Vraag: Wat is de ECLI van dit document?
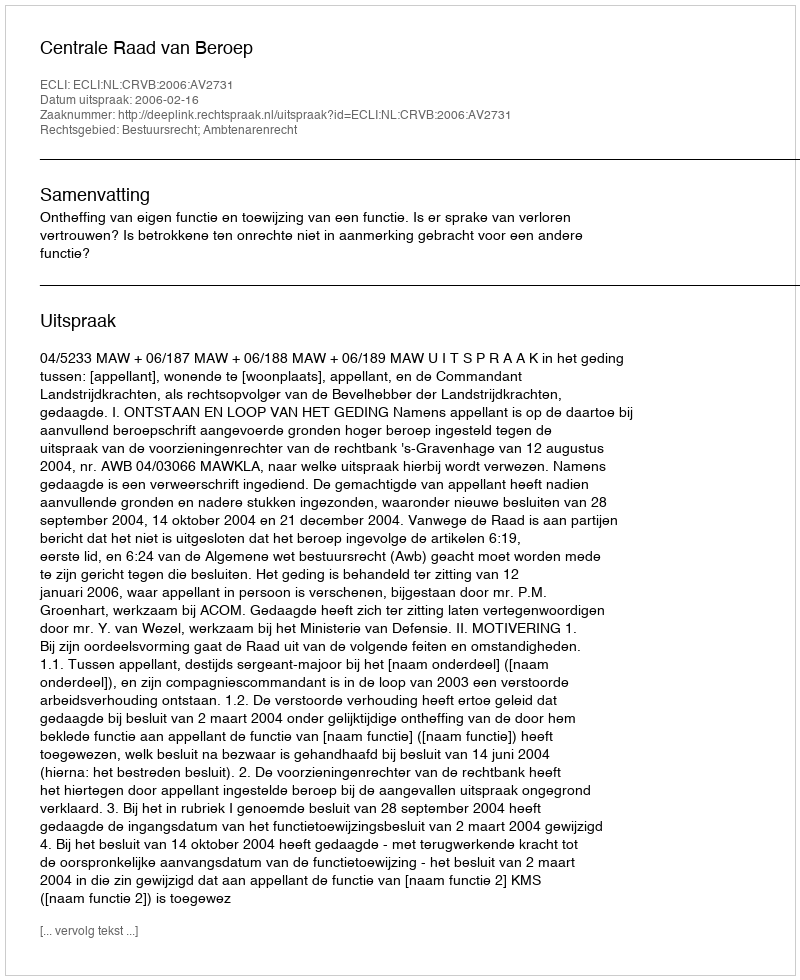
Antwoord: ECLI:NL:CRVB:2006:AV2731